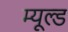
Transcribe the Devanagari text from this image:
म्यूल्ड